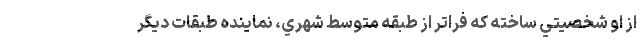
از او شخصيتي ساخته که فراتر از طبقه متوسط شهري، نماينده طبقات ديگر